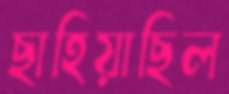
ছাহিয়াছিল